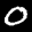
Label: 0